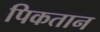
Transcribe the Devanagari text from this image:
पिकतान